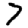
Digit: 7